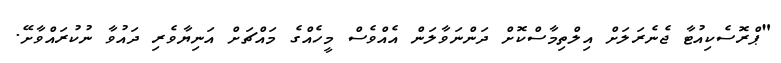
"ޕްރޮސެކިއުޓާ ޖެނެރަލަށް އިލްތިމާސްކޮށް ދަންނަވާލަން އެއްވެސް މީހެއްގެ މައްޗަށް އަނިޔާވެރި ދައުވާ ނުކުރައްވާށޭ.